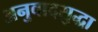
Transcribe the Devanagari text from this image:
अनुवादसुद्धा